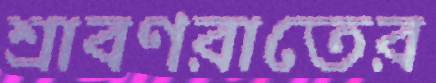
শ্রাবণরাতের